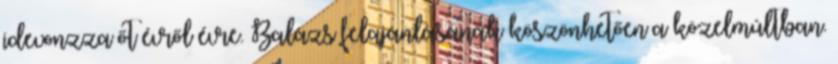
idevonzza őt évről évre. Balázs felajánlásának köszönhetően a közelmúltban.